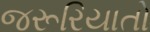
જરૂરિયાતો